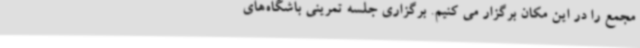
مجمع را در این مکان برگزار می کنیم. برگزاری جلسه تمرینی باشگاه‌های